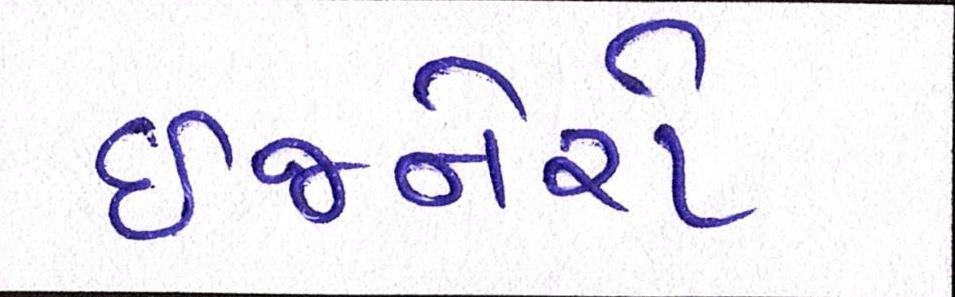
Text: ઈજનેરો